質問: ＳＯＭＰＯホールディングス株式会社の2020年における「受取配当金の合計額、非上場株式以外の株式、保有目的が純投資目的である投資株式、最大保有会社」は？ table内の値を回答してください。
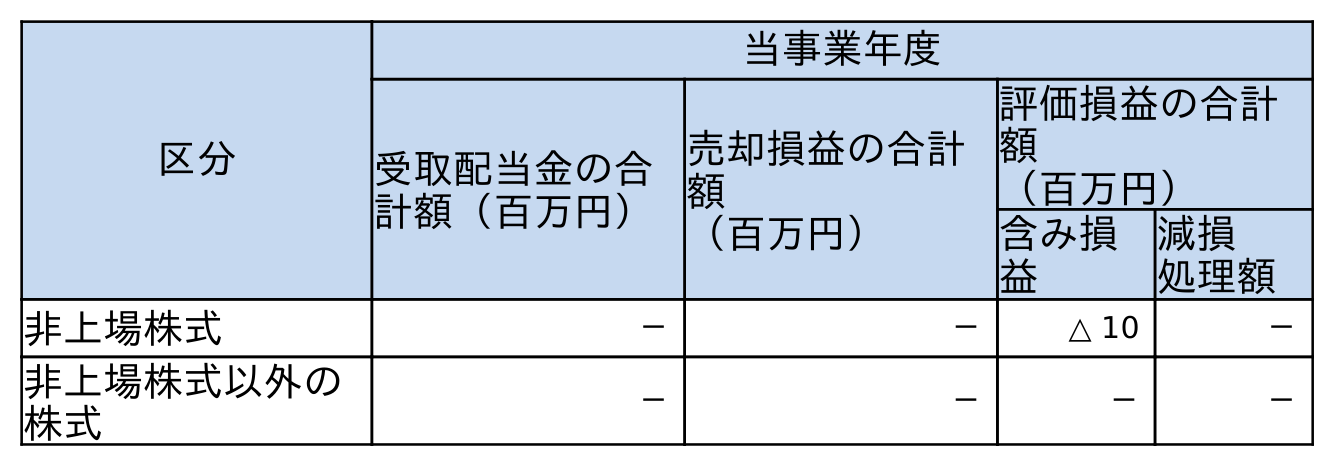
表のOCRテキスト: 区分 当事業年度 受取配当金の合 計額（百万円） 売却損益の合計 額 （百万円） 評価損益の合計 額 （百万円） 含み損 益 減損 処理額 非上場株式 － － △ 10 － 非上場株式以外の 株式 － － － －
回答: －